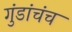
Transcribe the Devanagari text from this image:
गुंडांचंच